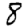
Digit: 8